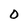
Character: O